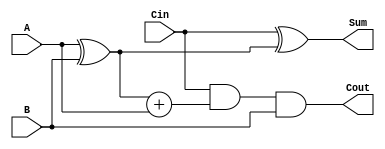

module top (A , B, Cin, Sum,Cout);

input A,B,Cin;
output Sum,Cout;
assign Sum =Cin^(A^B);
assign Cout=Cin&(A^B)+A&B;

endmodule 
module s1031449fulladder(a,a1,a2,a3, b,b1,b2,b3, c, d,e,c1,c2,c3,d1,d2,d3);
input a, b,e,a1,a2,a3,b1,b2,b3;
output c, d,c1,c2,c3,d1,d2,d3;
top mod(a, b,e, c, d);
top mod1(a1, b1,d, c1, d1);
top mod2(a2, b2,d1, c2, d2);
top mod3(a3, b3,d2, c3, d3);
endmodule